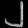
Digit: ၂